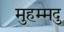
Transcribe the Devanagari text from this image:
मुहम्मदु